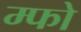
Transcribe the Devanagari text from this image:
म्फो